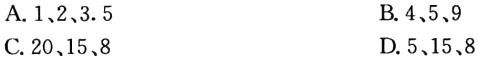
A. \(1、2、3.5\)
B. \(4、5、9\)
C. \(20、15、8\)
D. \(5、15、8\)